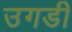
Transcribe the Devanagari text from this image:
उगडी